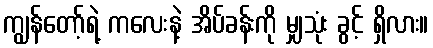
ကျွန်တော့်ရဲ့ ကလေးနဲ့ အိပ်ခန်းကို မျှသုံး ခွင့် ရှိလား။